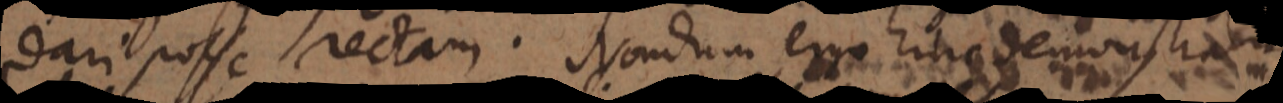
dari posse rectam. Nondum ergo hinc demonstratur